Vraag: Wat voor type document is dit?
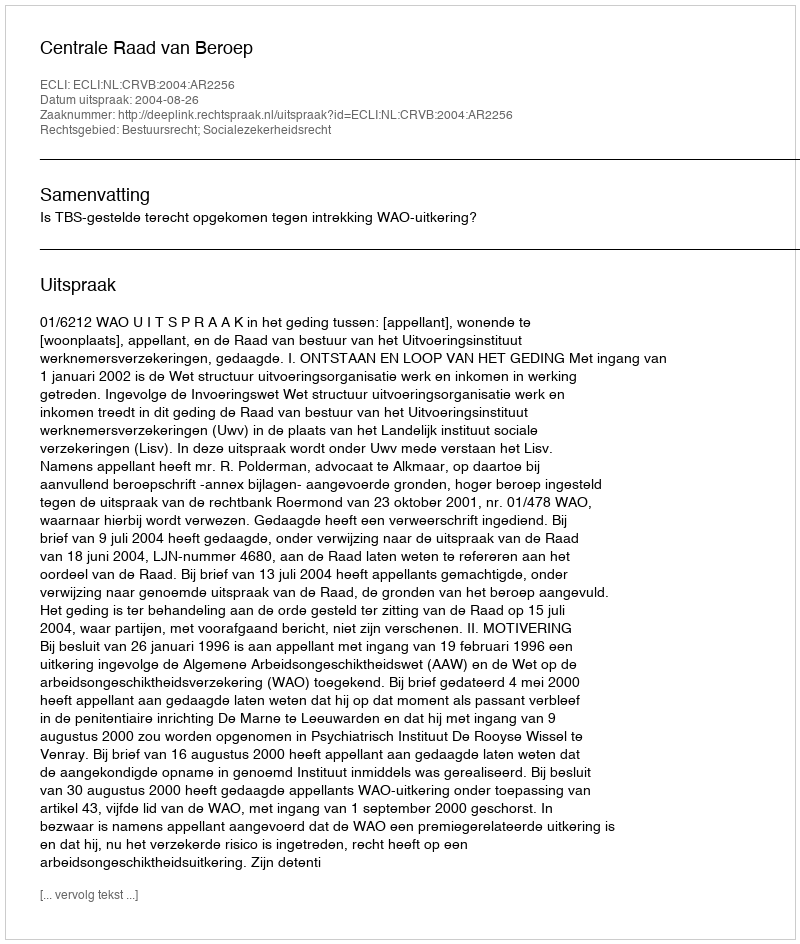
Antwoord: Uitspraak